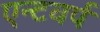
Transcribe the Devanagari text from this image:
एन्टवर्प